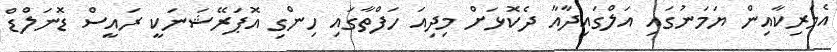
އެމެރިކާއިން ޔަމަނުގައި އަލްގައިދާއާ ދެކޮޅަށް މިދިއަ ހަފްތާގައި ހިންގި އޮޕަރޭޝަނަކީ ރައީސް ޑޮނަލްޑް